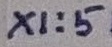
Text: X1:5